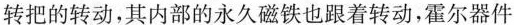
转把的转动，其内部的永久磁铁也跟着转动，霍尔器件